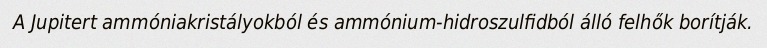
A Jupitert ammóniakristályokból és ammónium-hidroszulfidból álló felhők borítják.